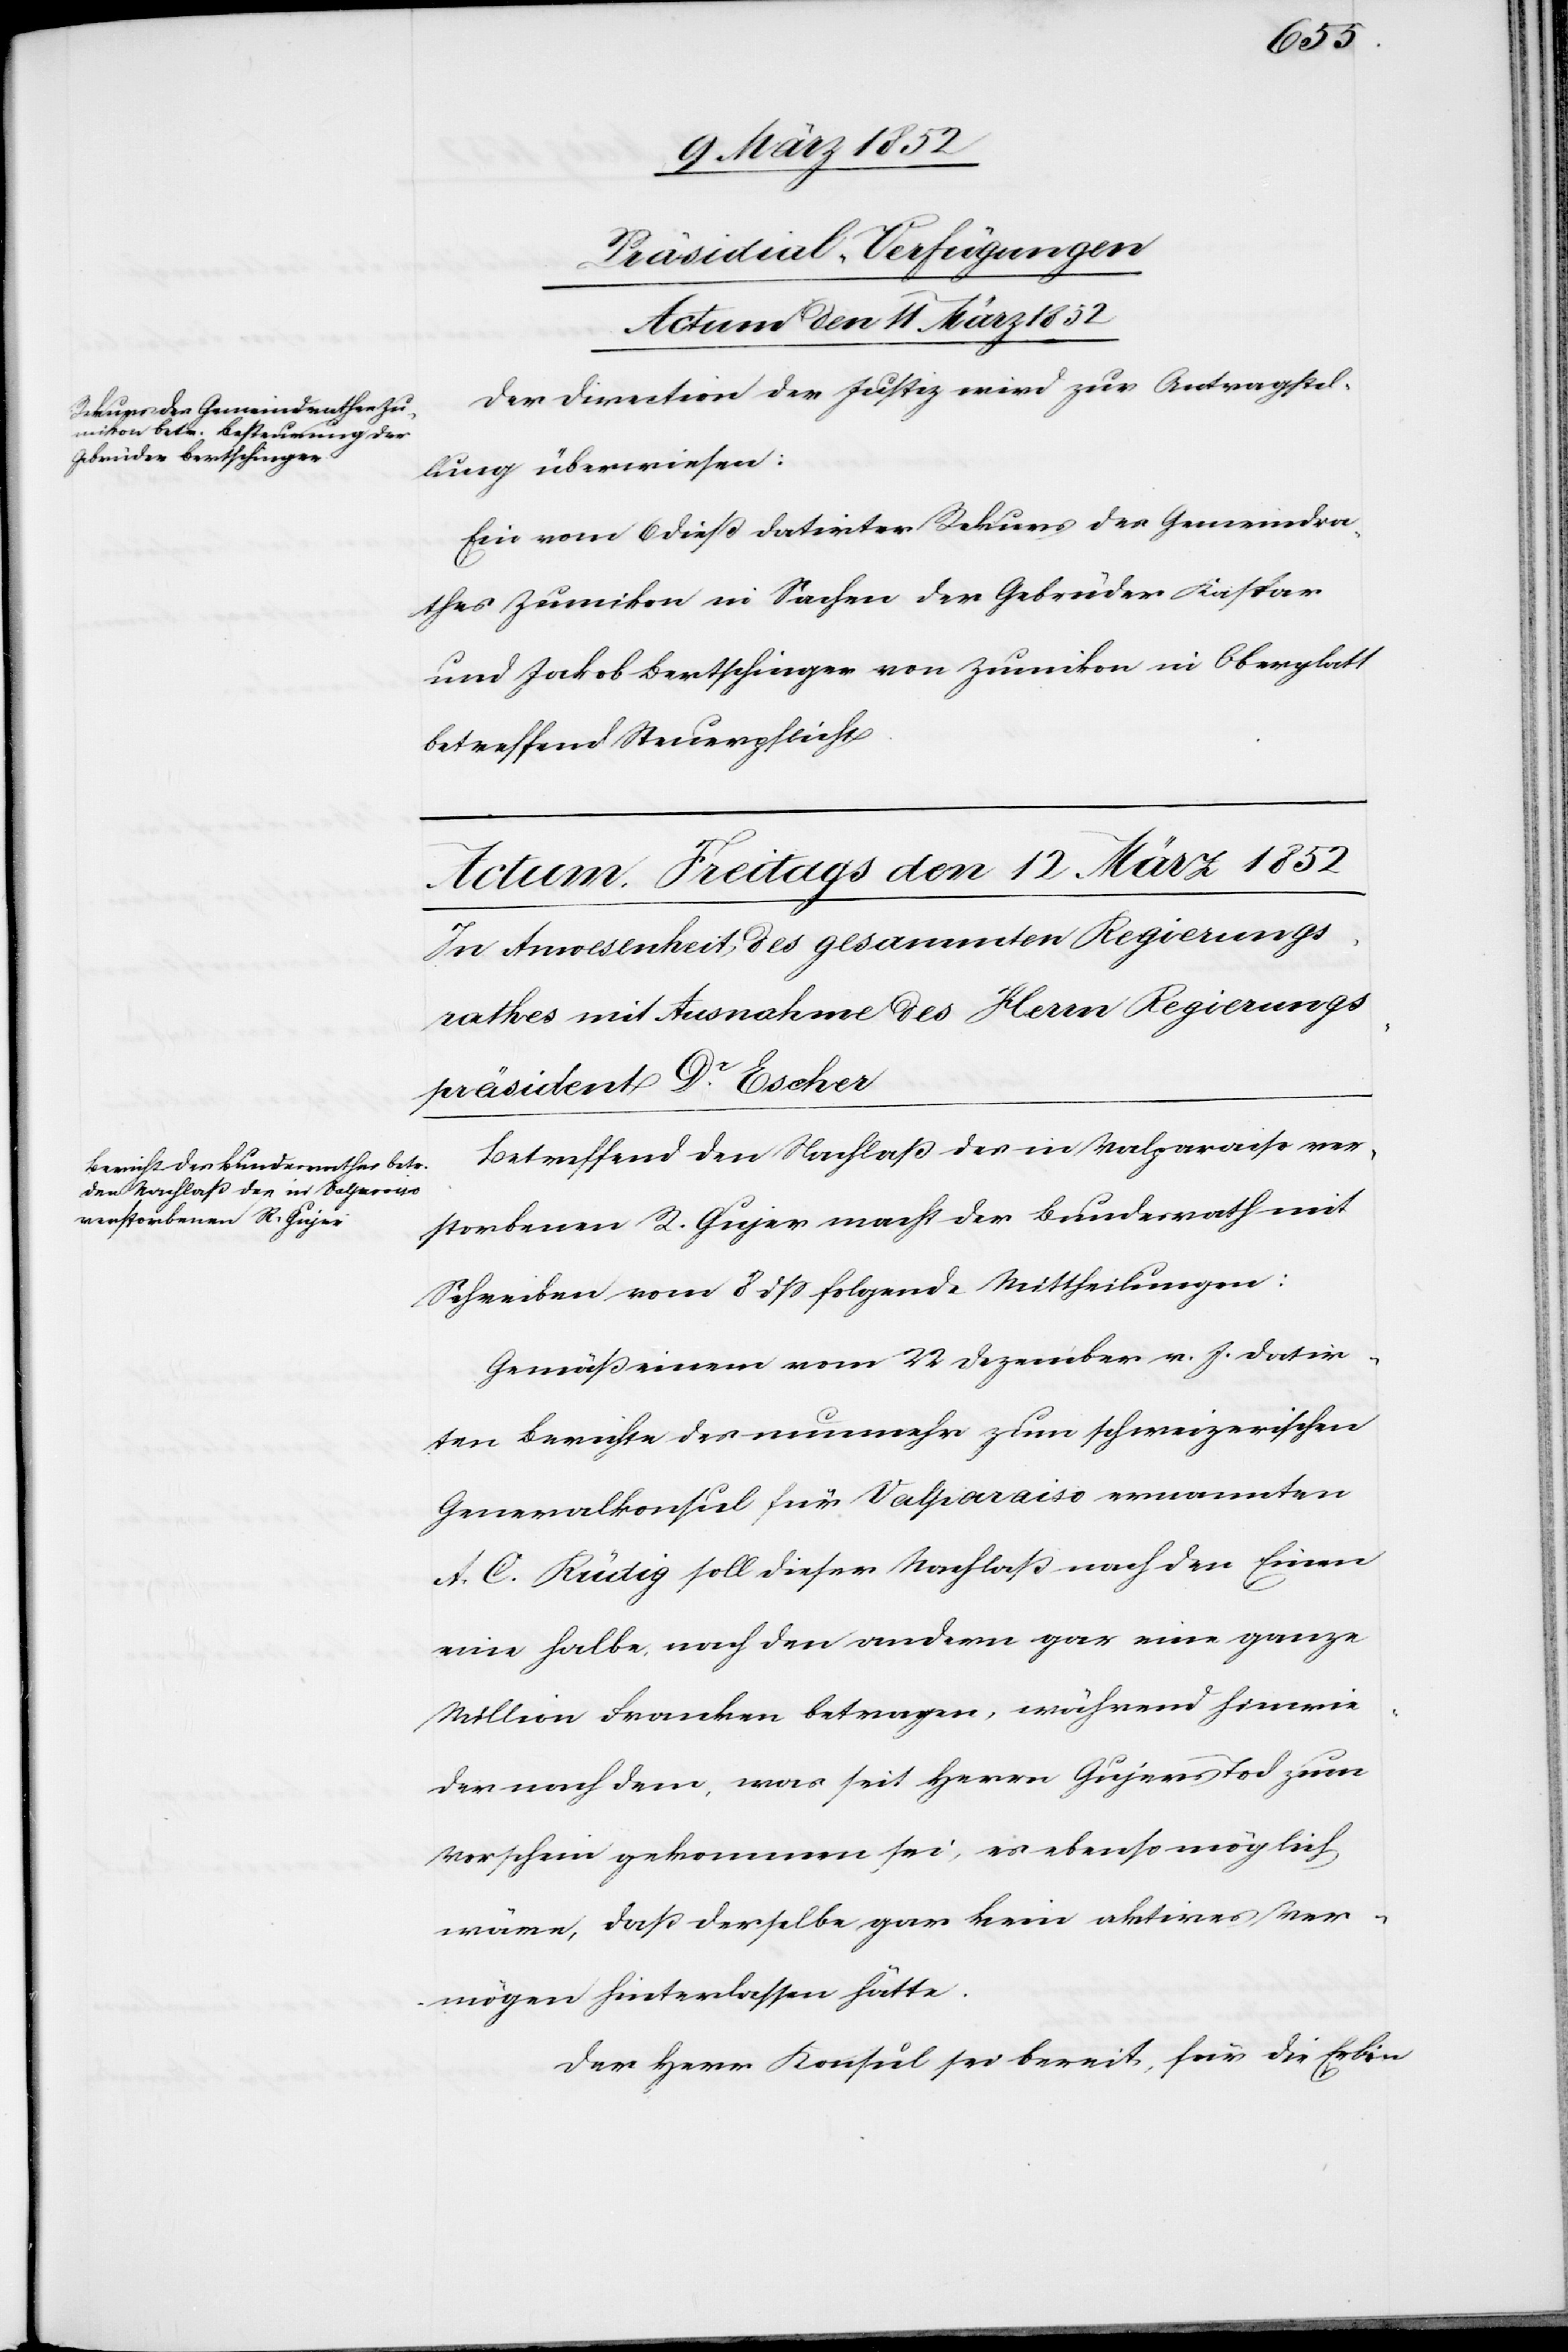
Präsidial-Verfügungen
Actum den 11 März 1852
Der Direction der Justiz wird zur Antragstel¬
lung überwiesen:
Ein vom 6 dieß datirter Rekurs des Gemeindra¬
thes Zumikon in Sachen der Gebrüder Kaspar
und Jakob Bertschinger von Zumikon in Oberglatt
betreffend Steuerpflicht.
Betreffend den Nachlaß des in Valparaiso ver¬
storbenen R. Gujer macht der Bundesrath mit
Schreiben vom 8 dß folgende Mittheilungen:
Gemäß einem vom 22 Dezember v. J. datir¬
ten Berichte des nunmehr zum schweizerischen
Generalkonsul für Valparaiso ernannten
A. C. Rütig soll dieser Nachlaß nach den Einen
eine halbe, nach den andern gar eine ganze
Million Franken betragen, während hinwie¬
der nach dem, was seit Herrn Gujers Tod zum
Vorschein gekommen sei, es ebenso möglich
wäre, daß derselbe gar kein aktives Ver¬
mögen hinterlassen hätte.
Der Herr Konsul sei bereit, für die Erbin